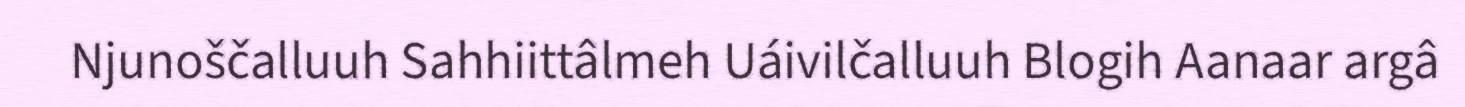
Njunoščalluuh Sahhiittâlmeh Uáivilčalluuh Blogih Aanaar argâ